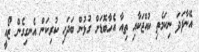
އޭނާފަދަ ނިކަމެތި ކުއްޖަކާއި ތިއާ އެހާބޮޑަށް ގުޅުން ބަދަހި ކުރިކަން އެނގިގެން ޒޯއީ